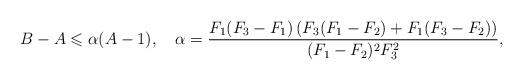
LaTeX: \begin{align*}B-A\leqslant\alpha(A-1),\quad\alpha=\frac{F_{1}(F_{3}-F_{1})\left(F_{3}(F_{1}-F_{2})+F_{1}(F_{3}-F_{2})\right)}{(F_{1}-F_{2})^{2}F_{3}^{2}},\end{align*}